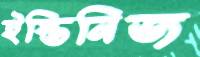
ইস্তিনিজ